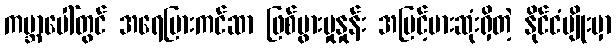
ကမ္ဘာပေါ်တွင် အရေပြားကင်ဆာ ဖြစ်ပွားမှုနှုန်း အမြင့်မားဆုံးရှိတဲ့ နိုင်ငံမျိုးမှာ